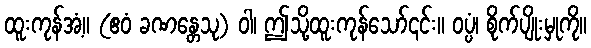
ထူးကုန်အံ့။ (ဧဝံ ခဏန္တေသု) ဝါ၊ ဤသို့ထူးကုန်သော်၎င်း။ ဝပ္ပံ၊ စိုက်ပျိုးမှုကို။